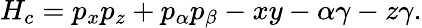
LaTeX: H_{c}=p_{x}p_{z}+p_{\alpha}p_{\beta}-xy-\alpha\gamma-z\gamma.